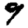
Digit: 9